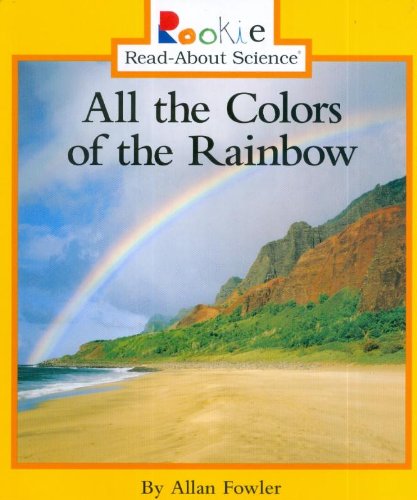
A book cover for All the Colors of the Rainbow (Rookie Read-About Science); Allan Fowler; Children's Books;